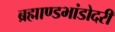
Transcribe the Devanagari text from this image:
ब्रह्माण्डभांडोदरी